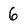
Character: 6